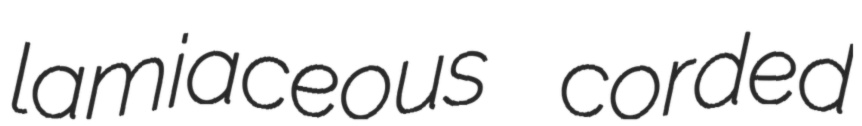
lamiaceous corded